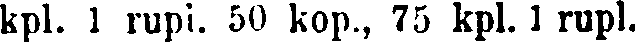
kpl. 1 rupi. 50 kop., 75 kpl. 1 rupl.